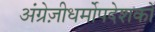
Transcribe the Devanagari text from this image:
अंग्रेज़ीधर्मोपदेशकों